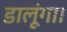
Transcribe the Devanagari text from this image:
डालूंगा।